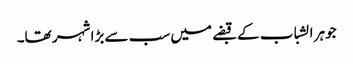
جوہر الشباب کے قبضے میں سب سے بڑا شہر تھا۔